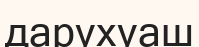
дарухуаш